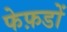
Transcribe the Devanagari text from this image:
फेफ़डों